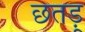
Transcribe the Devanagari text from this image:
छतड़ू